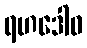
ရဟဒေါဝ